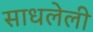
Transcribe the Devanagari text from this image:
साधलेली